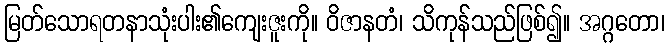
မြတ်သောရတနာသုံးပါး၏ကျေးဇူးကို။ ဝိဇာနတံ၊ သိကုန်သည်ဖြစ်၍။ အဂ္ဂတော၊